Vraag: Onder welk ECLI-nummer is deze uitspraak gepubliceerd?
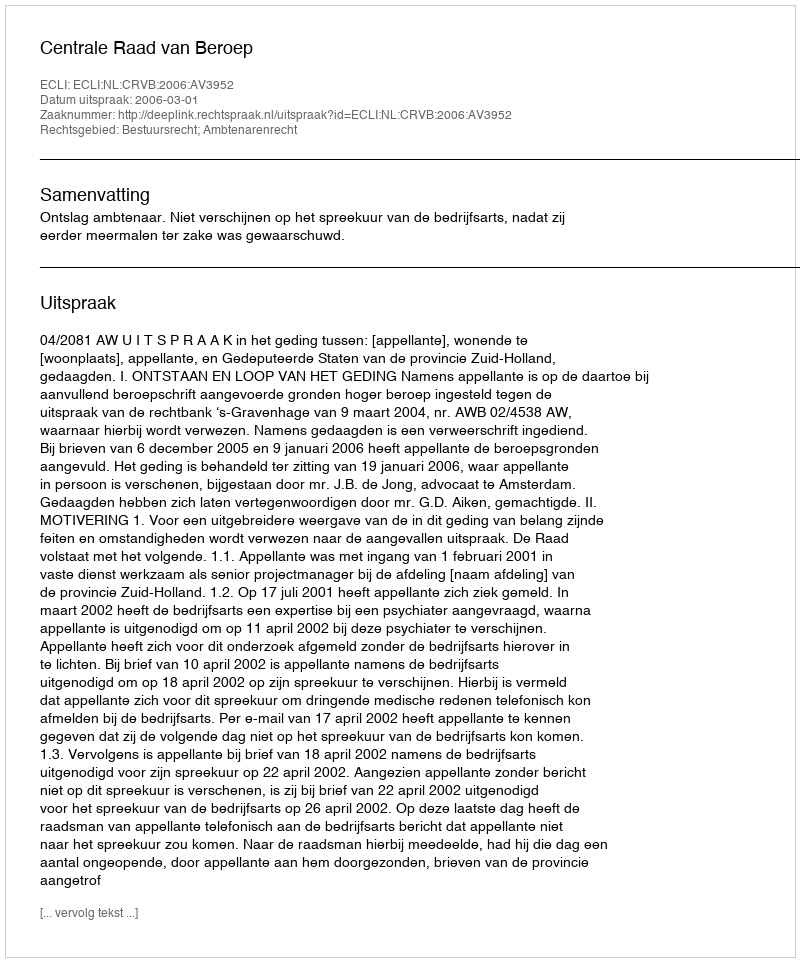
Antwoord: ECLI:NL:CRVB:2006:AV3952